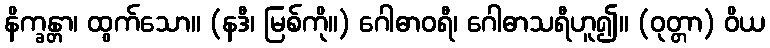
နိက္ခန္တာ၊ ထွက်သော။ (နဒီ၊ မြစ်ကို။) ဂေါဓာဝရီ၊ ဂေါဓာသရီဟူ၍။ (ဝုတ္တာ) ဝိယ